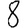
Digit: 8